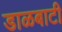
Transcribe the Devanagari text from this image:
डाळबाटी